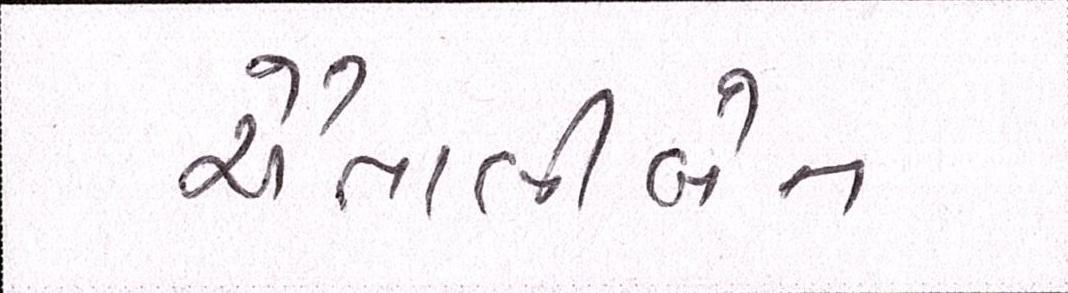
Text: ચૈતાલીબેન